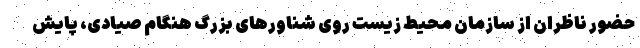
حضور ناظران از سازمان محیط زیست روی شناورهای بزرگ هنگام صیادی، پایش